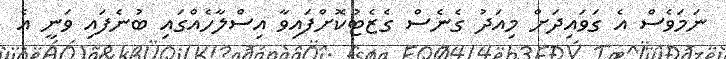
ނަމަވެސް އެ ގަވައިދަށް މިއަދު ގެނެސް ގެޒެޓުކޮށްފައިވާ އިސްލާހެއްގައި ބުނެފައި ވަނީ އެ